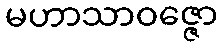
မဟာသာဝဇ္ဇော